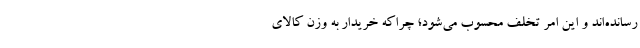
رسانده‌اند و این امر تخلف محسوب می‌شود؛ چراکه خریدار به وزن کالای